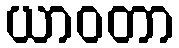
ယာဝတာ